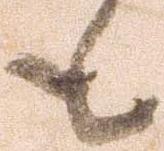
も